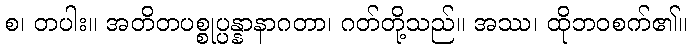
စ၊ တပါး။ အတိတပစ္စုပ္ပန္နာနာဂတာ၊ ဂတ်တို့သည်။ အဿ၊ ထိုဘဝစက်၏။